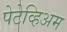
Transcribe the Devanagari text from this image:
पेटेव्हिअम